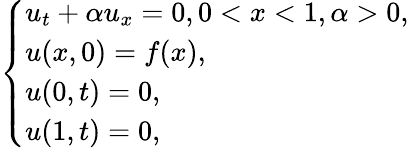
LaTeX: \left\{ \begin{array}{ll}{u_{t}+\alpha u_{x}=0,0<x<1,\alpha>0,}\\ {u(x,0)=f(x),}\\ {u(0,t)=0,}\\ {u(1,t)=0,}\end{array}\right.